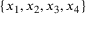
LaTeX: \{ x _ { 1 } , x _ { 2 } , x _ { 3 } , x _ { 4 } \}